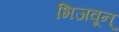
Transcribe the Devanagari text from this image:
भिजवून्